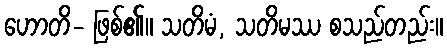
ဟောတိ- ဖြစ်၏။ သတိမံ, သတိမဿ စသည်တည်း။